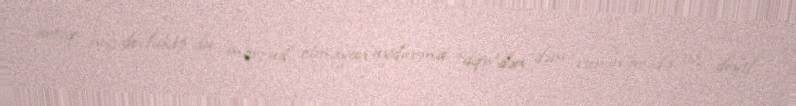
artıq heç de-fakto da mövcud olmayan uydurma “dqr”dən dəm vuranlar da az deyil.